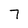
Character: 7